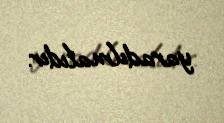
yaradılmalıdır.